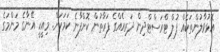
އޮޅުވާލުންތަކެއް ފުލް ޓްރަސްޓްދިން ދަރިއެއްގެ ފަރާތުން ކޮށްފާނެ ކަމަކަށް. މިއީކީ އޭނާގެ މަންމަގެ